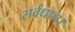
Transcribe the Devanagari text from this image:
सर्वधाम्‌।